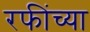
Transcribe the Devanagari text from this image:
रफींच्या